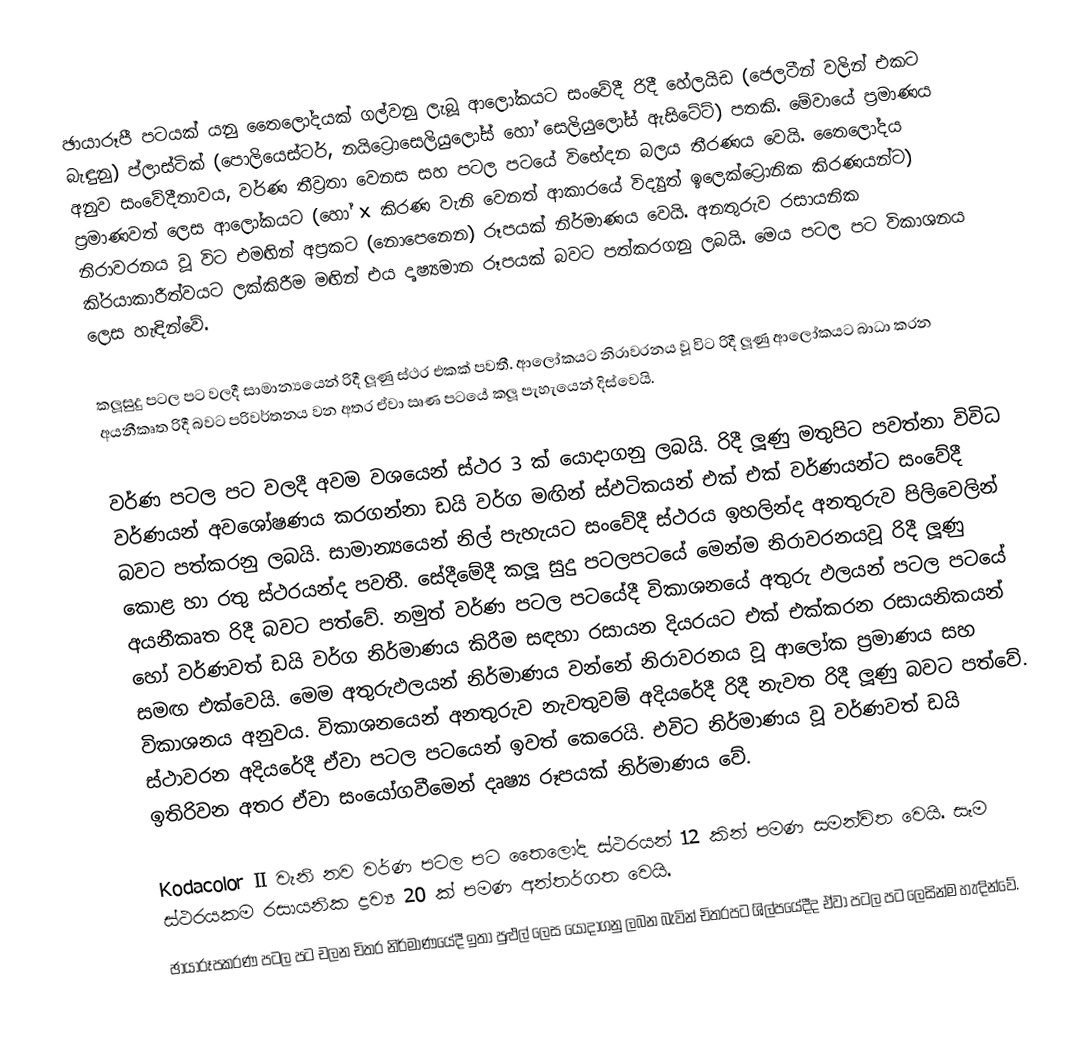
ඡායාරූපී  පටයක් යනු තෛලෝදයක් ගල්වනු ලැබූ ආලෝකයට සංවේදී රිදී හේලයිඩ (ජෙලටීන් වලින් එකට බැඳුනු) ප්ලාස්ටික් (පොලියෙස්ටර්, නයිට්‍රොසෙලියුලෝස් හෝ සෙලියුලෝස් ඇසිටේට්) පතකි. මේවායේ ප‍්‍රමාණය අනුව සංවේදීතාවය, වර්ණ තීව‍්‍රතා වෙනස සහ පටල පටයේ විභේදන බලය තීරණය වෙයි. තෛලෝදය ප‍්‍රමාණවත් ලෙස ආලෝකයට (හෝ x කිරණ වැනි වෙනත් ආකාරයේ විද්‍යුත් ඉලෙක්ට්‍රොනික කිරණයන්ට) නිරාවරනය වූ විට එමඟින් අප‍්‍රකට (නොපෙනෙන) රූපයක් නිර්මාණය වෙයි. අනතුරුව රසායනික කි‍්‍රයාකාරීත්වයට ලක්කිරීම මඟින් එය දෘෂ්‍යමාන රූපයක් බවට පත්කරගනු ලබයි. මෙය පටල පට විකාශනය ලෙස හැඳින්වේ.

කලූසුදු පටල පට වලදී සාමාන්‍යයෙන් රිදී ලූණු ස්ථර එකක් පවතී. ආලෝකයට නිරාවරනය වූ විට රිදී ලූණු ආලෝකයට බාධා කරන අයනීකෘත රිදී බවට පරිවර්තනය වන අතර ඒවා ඍණ පටයේ කලූ පැහැයෙන් දිස්වෙයි.

වර්ණ පටල පට වලදී අවම වශයෙන් ස්ථර 3 ක් යොදාගනු ලබයි. රිදී ලූණු මතුපිට පවත්නා විවිධ වර්ණයන් අවශෝෂණය කරගන්නා ඩයි වර්ග මඟින් ස්ඵටිකයන් එක් එක් වර්ණයන්ට සංවේදී බවට පත්කරනු ලබයි. සාමාන්‍යයෙන් නිල් පැහැයට සංවේදී ස්ථරය ඉහලින්ද අනතුරුව පිලිවෙලින් කොළ හා රතු ස්ථරයන්ද පවතී. සේදීමේදී කලූ සුදු පටලපටයේ මෙන්ම නිරාවරනයවූ රිදී ලූණු අයනීකෘත රිදී බවට පත්වේ. නමුත් වර්ණ පටල පටයේදී විකාශනයේ අතුරු ඵලයන් පටල පටයේ හෝ වර්ණවත් ඩයි වර්ග නිර්මාණය කිරීම සඳහා රසායන දියරයට එක් එක්කරන රසායනිකයන් සමඟ එක්වෙයි. මෙම අතුරුඵලයන් නිර්මාණය වන්නේ නිරාවරනය වූ ආලෝක ප‍්‍රමාණය සහ විකාශනය අනුවය. විකාශනයෙන් අනතුරුව නැවතුවම් අදියරේදී රිදී නැවත රිදී ලූණු බවට පත්වේ. ස්ථාවරන අදියරේදී ඒවා පටල පටයෙන් ඉවත් කෙරෙයි. එවිට නිර්මාණය වූ වර්ණවත් ඩයි ඉතිරිවන අතර ඒවා සංයෝගවීමෙන් දෘෂ්‍ය රූපයක් නිර්මාණය වේ.

Kodacolor II වැනි නව වර්ණ පටල පට තෛලෝද ස්ථරයන් 12 කින් පමණ සමන්විත වෙයි. සෑම ස්ථරයකම රසායනික ද්‍රව්‍ය 20 ක් පමණ අන්තර්ගත වෙයි.
ඡායාරූපකරණ පටල පට චලන චිත‍්‍ර නිර්මාණයේදී ඉතා පුළුල් ලෙස යොදාගනු ලබන බැවින් චිත‍්‍රපට ශිල්පයේදීද ඒවා පටල පට ලෙසින්ම හැඳින්වේ.